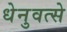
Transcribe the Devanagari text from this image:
धेनुवत्से